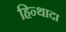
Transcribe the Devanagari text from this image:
हिन्थादा